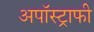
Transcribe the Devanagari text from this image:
अपॉस्ट्राफी